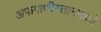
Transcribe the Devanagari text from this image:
अफगाणीस्तानमध्ये